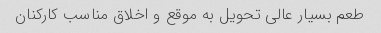
طعم بسیار عالی تحویل به موقع و اخلاق مناسب کارکنان